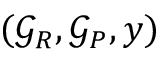
( { \mathcal { G } } _ { R } , { \mathcal { G } } _ { P } , y )